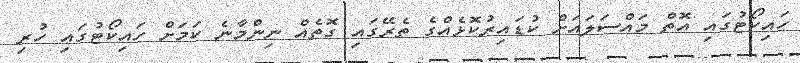
ހައިކޯޓުގައި އޮތް މައްސަލައަށް ކުޑައިރުކޮޅެއްގެ ތެރޭގައި ގޮތެއް ނިންމާނެ ކަމަށް ހައިކޯޓުގައި ހުރި